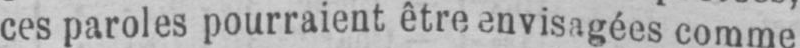
ces paroles pourraient être envisagées comme